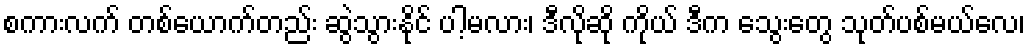
စကားလက် တစ်ယောက်တည်း ဆွဲသွားနိုင် ပါ့မလား၊ ဒီလိုဆို ကိုယ် ဒီက သွေးတွေ သုတ်ပစ်မယ်လေ၊